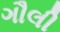
ગૌલી